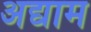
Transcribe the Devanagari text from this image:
अद्याम